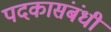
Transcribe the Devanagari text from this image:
पदकासंबंधी